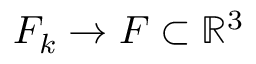
F _ { k } \to F \subset \mathbb { R } ^ { 3 }